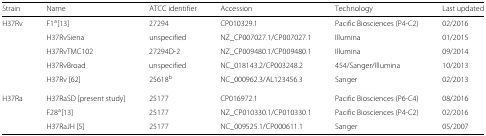
<table><thead><tr><td><b>Strain</b></td><td><b>Name</b></td><td><b>ATCC identifier</b></td><td><b>Accession</b></td><td><b>Technology</b></td><td><b>Last updated</b></td></tr></thead><tbody><tr><td>H37Rv</td><td>F1<sup>a</sup>[13]</td><td>27294</td><td>CP010329.1</td><td>Pacific Biosciences (P4-C2)</td><td>02/2016</td></tr><tr><td></td><td>H37RvSiena</td><td>unspecified</td><td>NZ_CP007027.1/CP007027.1</td><td>Illumina</td><td>01/2015</td></tr><tr><td></td><td>H37RvTMC102</td><td>27294D-2</td><td>NZ_CP009480.1/CP009480.1</td><td>Illumina</td><td>09/2014</td></tr><tr><td></td><td>H37RvBroad</td><td>unspecified</td><td>NC_018143.2/CP003248.2</td><td>454/Sanger/Illumina</td><td>10/2013</td></tr><tr><td></td><td>H37Rv [62]</td><td>25618<sup>b</sup></td><td>NC_000962.3/AL123456.3</td><td>Sanger</td><td>02/2013</td></tr><tr><td>H37Ra</td><td>H37RaSD [present study]</td><td>25177</td><td>CP016972.1</td><td>Pacific Biosciences (P6-C4)</td><td>08/2016</td></tr><tr><td></td><td>F28<sup>a</sup>[13]</td><td>25177</td><td>NZ_CP010330.1/CP010330.1</td><td>Pacific Biosciences (P4-C2)</td><td>02/2016</td></tr><tr><td></td><td>H37RaJH [5]</td><td>25177</td><td>NC_009525.1/CP000611.1</td><td>Sanger</td><td>05/2007</td></tr></tbody></table>